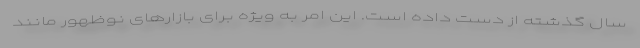
سال گذشته از دست داده است. این امر به ویژه برای بازارهای نوظهور مانند